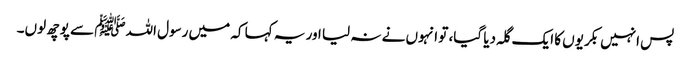
پس انہیں بکریوں کا ایک گلہ دیا گیا، تو انہوں نے نہ لیا اور یہ کہا کہ میں رسول اللہﷺ سے پوچھ لوں۔